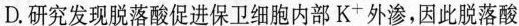
D.研究发现脱落酸促进保卫细胞内部K^{+}外渗，因此脱落酸